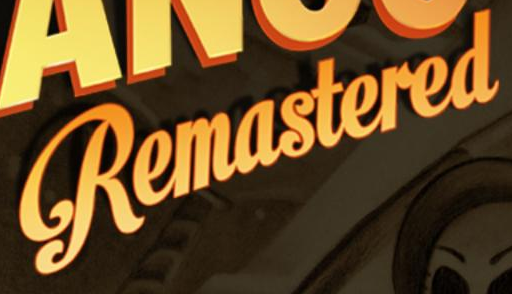
Remastered